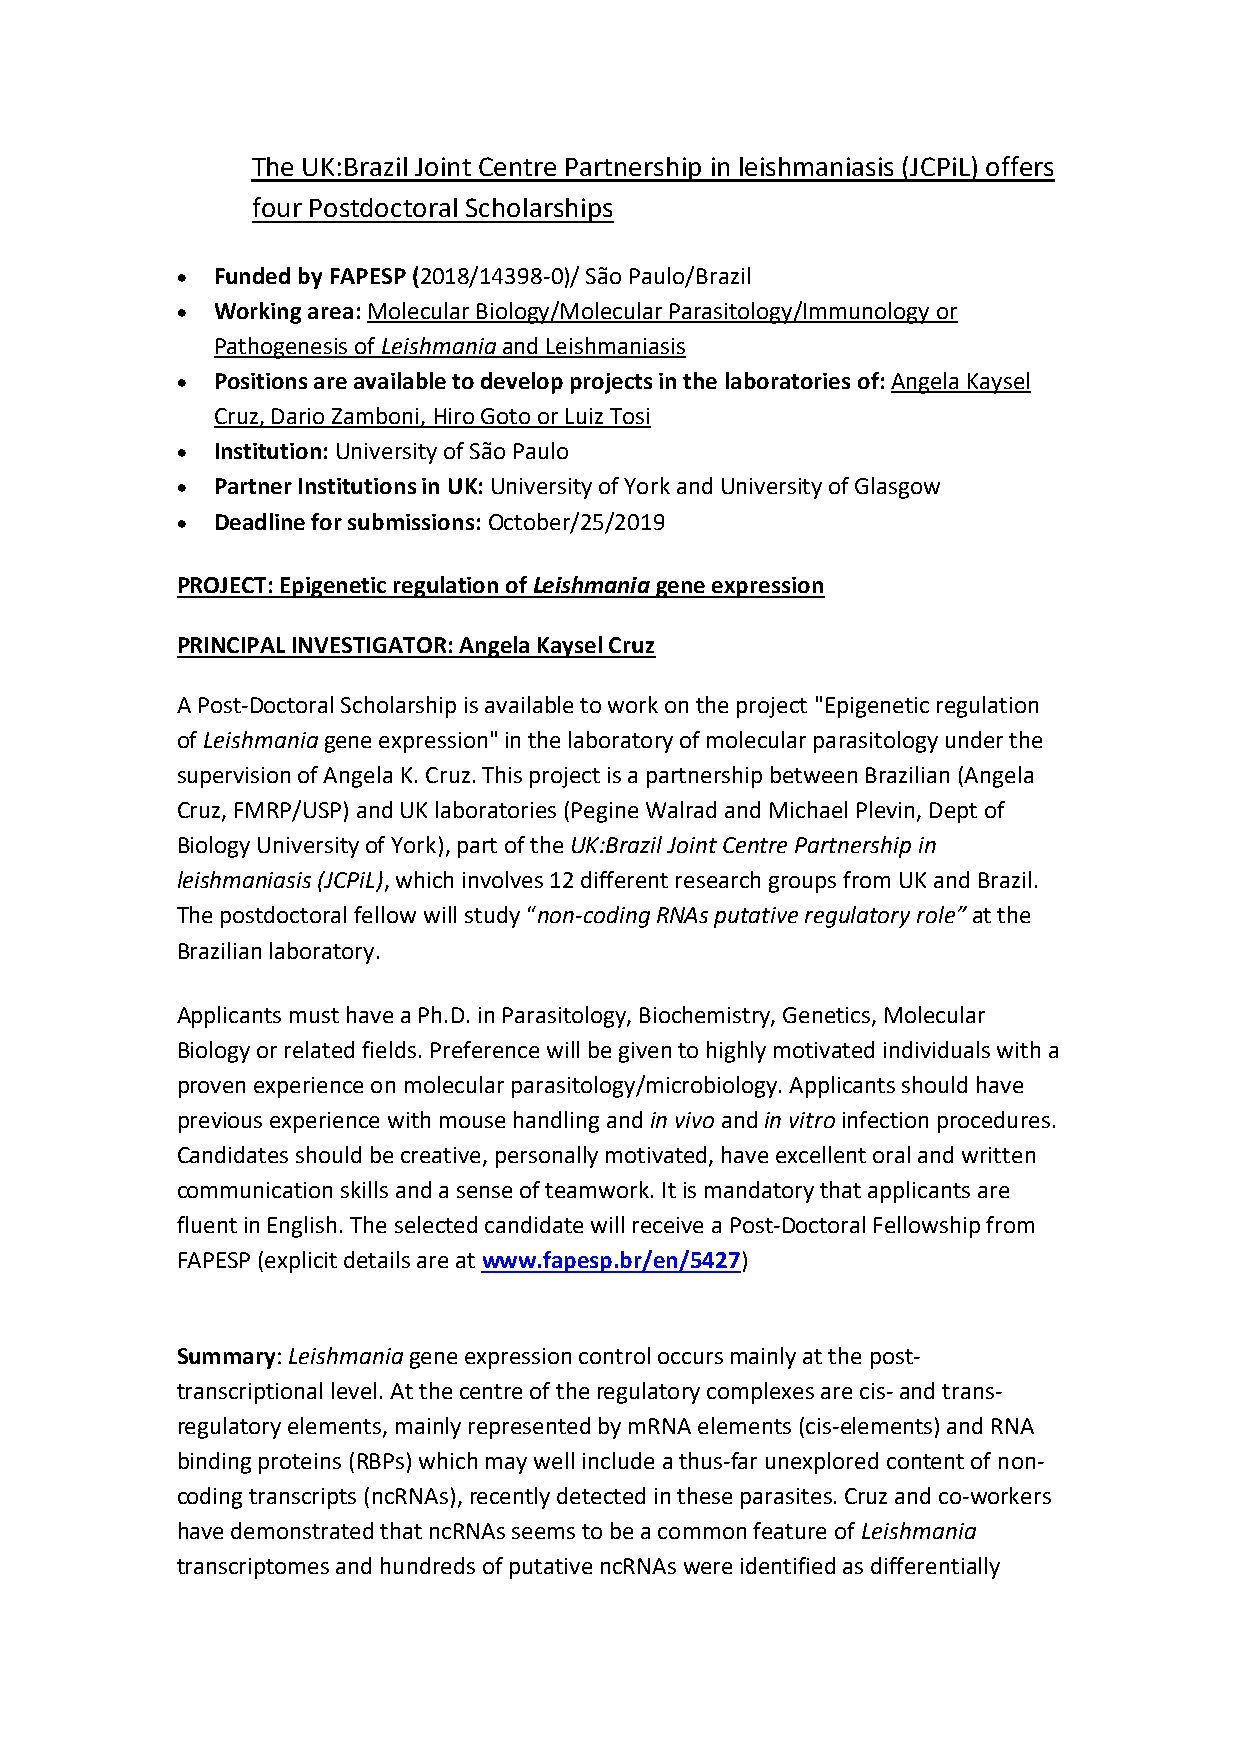
The UK:Brazil Joint Centre Partnership in leishmaniasis (JCPiL) offers
 four Postdoctoral Scholarships
 • Funded by FAPESP (2018/14398-0)/ São Paulo/Brazil
 • Working area: Molecular Biology/Molecular Parasitology/Immunology or
 Pathogenesis of Leishmania and Leishmaniasis
 • Positions are available to develop projects in the laboratories of: Angela Kaysel
 Cruz, Dario Zamboni, Hiro Goto or Luiz Tosi
 • Institution: University of São Paulo
 • Partner Institutions in UK: University of York and University of Glasgow
 • Deadline for submissions: October/25/2019
 PROJECT: Epigenetic regulation of Leishmania gene expression
 PRINCIPAL INVESTIGATOR: Angela Kaysel Cruz
 A Post-Doctoral Scholarship is available to work on the project "Epigenetic regulation
 of Leishmania gene expression" in the laboratory of molecular parasitology under the
 supervision of Angela K. Cruz. This project is a partnership between Brazilian (Angela
 Cruz, FMRP/USP) and UK laboratories (Pegine Walrad and Michael Plevin, Dept of
 Biology University of York), part of the UK:Brazil Joint Centre Partnership in
 leishmaniasis (JCPiL), which involves 12 different research groups from UK and Brazil.
 The postdoctoral fellow will study “non-coding RNAs putative regulatory role” at the
 Brazilian laboratory.
 Applicants must have a Ph.D. in Parasitology, Biochemistry, Genetics, Molecular
 Biology or related fields. Preference will be given to highly motivated individuals with a
 proven experience on molecular parasitology/microbiology. Applicants should have
 previous experience with mouse handling and in vivo and in vitro infection procedures.
 Candidates should be creative, personally motivated, have excellent oral and written
 communication skills and a sense of teamwork. It is mandatory that applicants are
 fluent in English. The selected candidate will receive a Post-Doctoral Fellowship from
 FAPESP (explicit details are at www.fapesp.br/en/5427)
 Summary: Leishmania gene expression control occurs mainly at the post-
 transcriptional level. At the centre of the regulatory complexes are cis- and trans-
 regulatory elements, mainly represented by mRNA elements (cis-elements) and RNA
 binding proteins (RBPs) which may well include a thus-far unexplored content of non-
 coding transcripts (ncRNAs), recently detected in these parasites. Cruz and co-workers
 have demonstrated that ncRNAs seems to be a common feature of Leishmania
 transcriptomes and hundreds of putative ncRNAs were identified as differentially